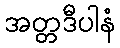
အတ္တဒီပါနံ